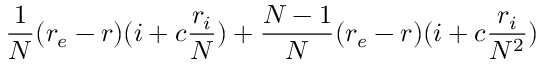
\frac { 1 } { N } ( r _ { e } - r ) ( i + c \frac { r _ { i } } { N } ) + \frac { N - 1 } { N } ( r _ { e } - r ) ( i + c \frac { r _ { i } } { N ^ { 2 } } )